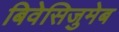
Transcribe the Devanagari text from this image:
बिवेसिजुमेब